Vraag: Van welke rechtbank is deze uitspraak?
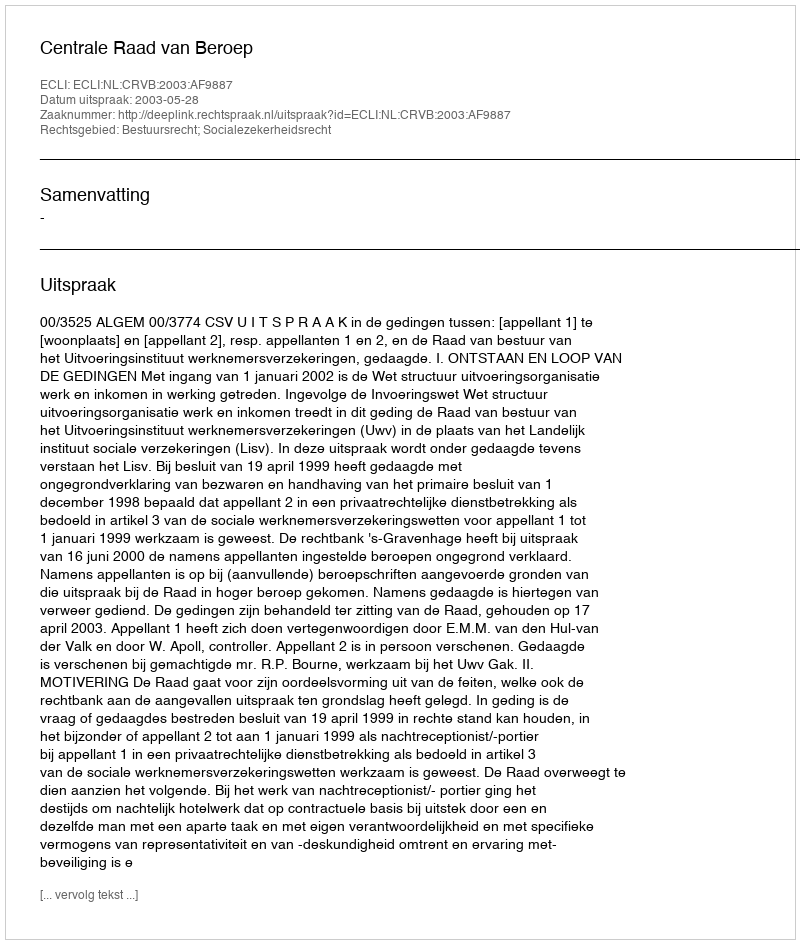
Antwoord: Centrale Raad van Beroep